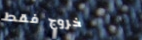
خروج فقط